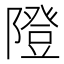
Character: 隥